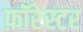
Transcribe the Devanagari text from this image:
फ़ॉरेस्टर